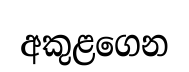
අකුළගෙන